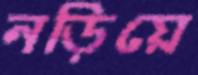
নড়িয়ে